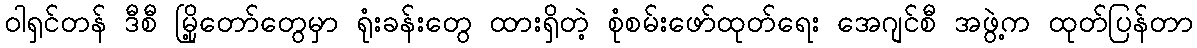
ဝါရှင်တန် ဒီစီ မြို့တော်တွေမှာ ရုံးခန်းတွေ ထားရှိတဲ့ စုံစမ်းဖော်ထုတ်ရေး အေဂျင်စီ အဖွဲ့က ထုတ်ပြန်တာ